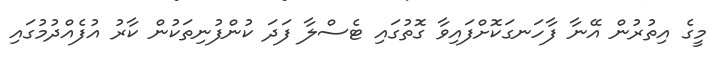
މީގެ އިތުރުން އޭނާ ފާހަނގަކޮށްފައިވާ ގޮތުގައި ޓެސްލާ ފަދަ ކުންފުނިތަކުން ކާރު އުފެއްދުމުގައި